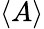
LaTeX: \langle A\rangle